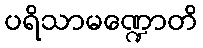
ပရိသာမဏ္ဍောတိ